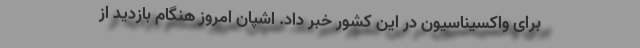
برای واکسیناسیون در این کشور خبر داد. اشپان امروز هنگام بازدید از